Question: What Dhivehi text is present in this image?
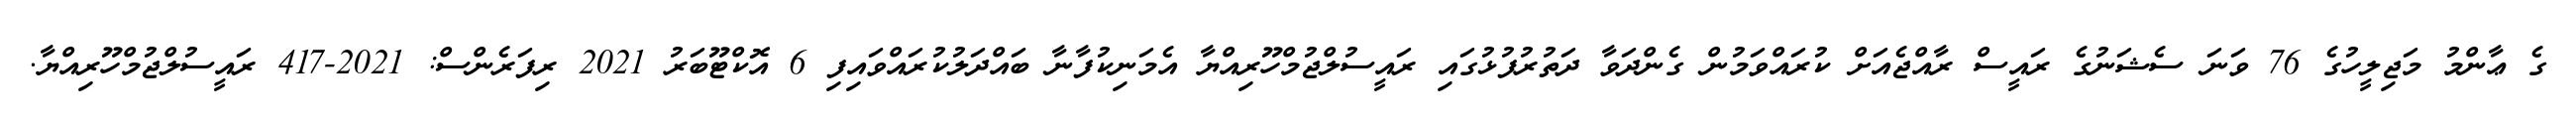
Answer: ގެ ޢާންމު މަޖިލީހުގެ 76 ވަނަ ސެޝަނުގެ ރައީސް ރާއްޖެއަށް ކުރައްވަމުން ގެންދަވާ ދަތުރުފުޅުގައި ރައީސުލްޖުމްހޫރިއްޔާ އެމަނިކުފާނާ ބައްދަލުކުރައްވައިފި 6 އޮކްޓޫބަރު 2021 ރިފަރެންސް: 2021-417 ރައީސުލްޖުމްހޫރިއްޔާ.